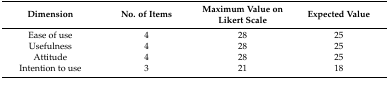
| Dimension | No. of Items | Maximum Value on Likert Scale | Expected Value |
 | --- | --- | --- | --- |
 | Ease of use | 4 | 28 | 25 |
 | Usefulness | 4 | 28 | 25 |
 | Attitude | 4 | 28 | 25 |
 | Intention to use | 3 | 21 | 18 |